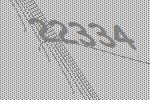
22334